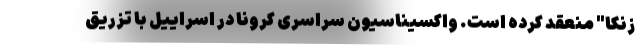
زنکا" منعقد کرده است. واکسیناسیون سراسری کرونا در اسراییل با تزریق